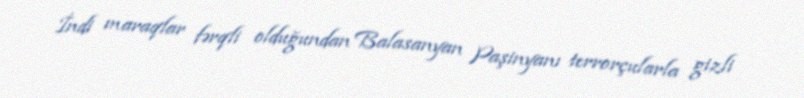
İndi maraqlar fərqli olduğundan Balasanyan Paşinyanı terrorçularla gizli